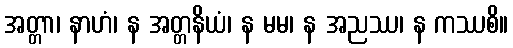
အတ္တာ၊ နာဟံ၊ န အတ္တနိယံ၊ န မမ၊ န အညဿ၊ န ကဿစိ။